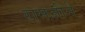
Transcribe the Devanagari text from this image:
रामजीने